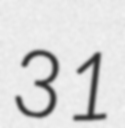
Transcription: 31